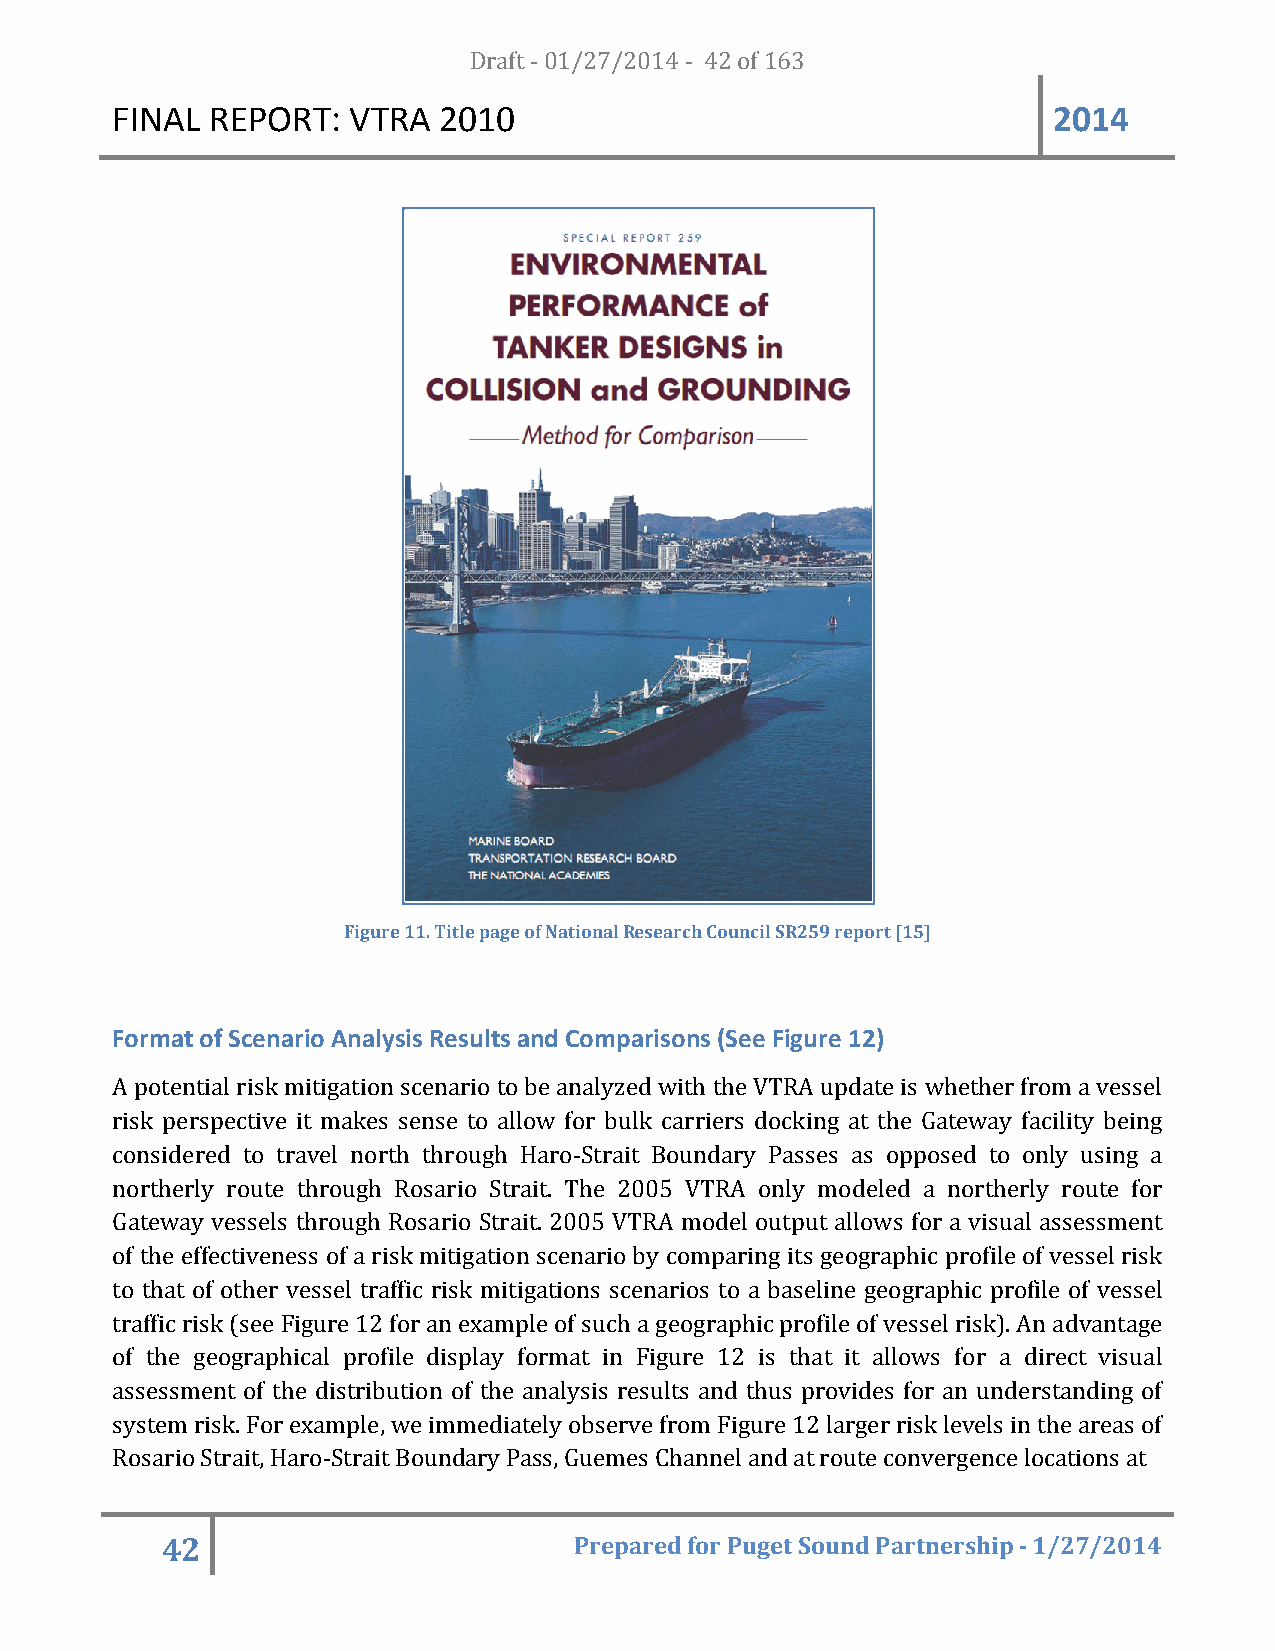
FINAL  REPORT:  VTRA  20D1r0af t - 01/27/2014 - 42 of 163      2014
 Figure 11. Title page of National Research Council SR259 report [15]
 Format of Scenario Analysis Results and Comparisons (See Figure 12)
 A potential risk mitigation scenario to be analyzed with the VTRA update is whether from a vessel
 risk perspective it makes sense to allow for bulk carriers docking at the Gateway facility being
 considered to travel north through Haro-Strait Boundary Passes as opposed to only using a
 northerly route through Rosario Strait. The 2005 VTRA only modeled a northerly route for
 Gateway vessels through Rosario Strait. 2005 VTRA model output allows for a visual assessment
 of the effectiveness of a risk mitigation scenario by comparing its geographic profile of vessel risk
 to that of other vessel traffic risk mitigations scenarios to a baseline geographic profile of vessel
 traffic risk (see Figure 12 for an example of such a geographic profile of vessel risk). An advantage
 of the geographical profile display format in Figure 12 is that it allows for a direct visual
 assessment of the distribution of the analysis results and thus provides for an understanding of
 system risk. For example, we immediately observe from Figure 12 larger risk levels in the areas of
 Rosario Strait, Haro-Strait Boundary Pass, Guemes Channel and at route convergence locations at
 42                         Prepared for Puget Sound Partnership - 1/27/2014